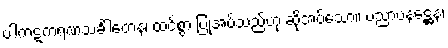
ပါကဋကရဏသင်္ခါတေန၊ ထင်စွာ ပြုအပ်သည်ဟု ဆိုအပ်သော။ ပညာပနဋ္ဌေန၊